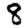
Digit: 8